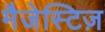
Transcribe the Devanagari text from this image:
मैजेस्टिज़